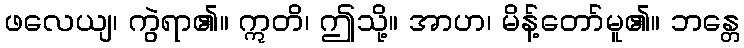
ဖလေယျ၊ ကွဲရာ၏။ ဣတိ၊ ဤသို့။ အာဟ၊ မိန့်တော်မူ၏။ ဘန္တေ